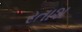
રતાશ